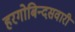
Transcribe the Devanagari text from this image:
हरगोबिन्दसवारी